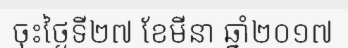
ចុះថ្ងៃទី២៧ ខែមីនា ឆ្នាំ២០១៧